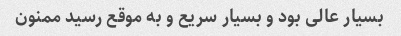
بسیار عالی بود و بسیار سریع و به موقع رسید ممنون